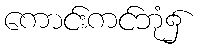
ကောင်းကင်ဘုံ၌